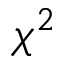
\chi ^ { 2 }